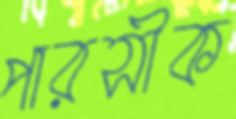
পারসীক